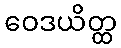
ဝေဒယိတ္ထ